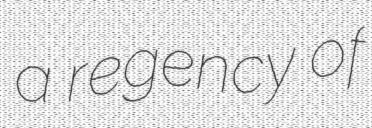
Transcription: a regency of